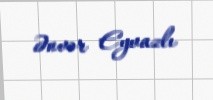
Ənvər Eyvazlı